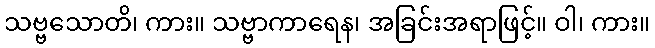
သဗ္ဗသောတိ၊ ကား။ သဗ္ဗာကာရေန၊ အခြင်းအရာဖြင့်။ ဝါ၊ ကား။